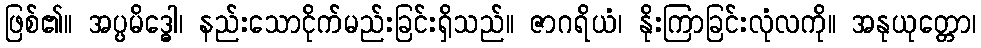
ဖြစ်၏။ အပ္ပမိဒ္ဓေါ၊ နည်းသောငိုက်မည်းခြင်းရှိသည်။ ဇာဂရိယံ၊ နိုးကြာခြင်းလုံလကို။ အနုယုတ္တော၊